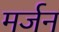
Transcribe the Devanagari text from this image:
मर्जन